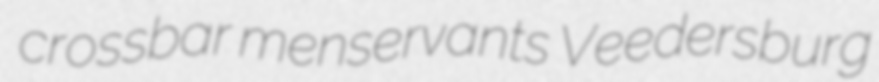
crossbar menservants Veedersburg